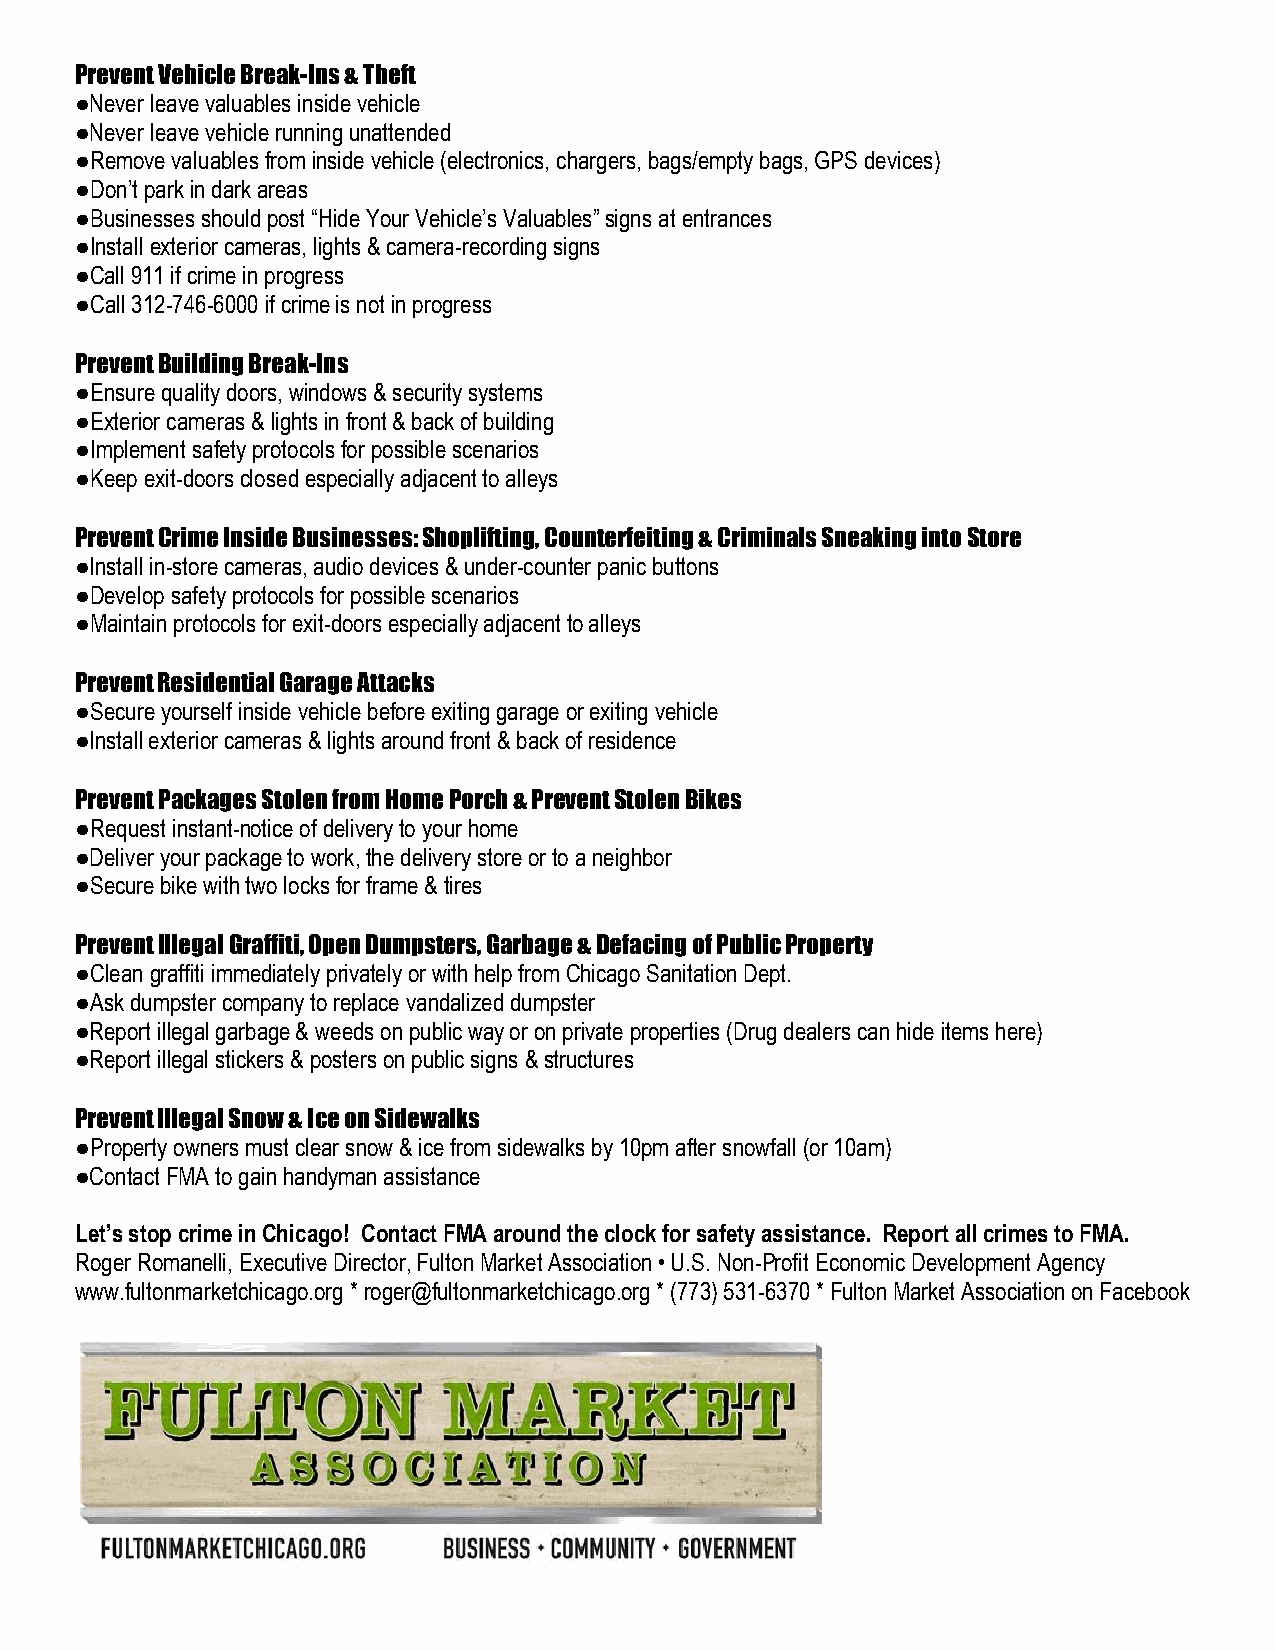
Prevent Vehicle Break-Ins & Theft
 ●Never leave valuables inside vehicle
 ●Never leave vehicle running unattended
 ●Remove valuables from inside vehicle (electronics, chargers, bags/empty bags, GPS devices)
 ●Don’t park in dark areas
 ●Businesses should post “Hide Your Vehicle’s Valuables” signs at entrances
 ●Install exterior cameras, lights & camera-recording signs
 ●Call 911 if crime in progress
 ●Call 312-746-6000 if crime is not in progress
 Prevent Building Break-Ins
 ●Ensure quality doors, windows & security systems
 ●Exterior cameras & lights in front & back of building
 ●Implement safety protocols for possible scenarios
 ●Keep exit-doors closed especially adjacent to alleys
 Prevent Crime Inside Businesses: Shoplifting, Counterfeiting & Criminals Sneaking into Store
 ●Install in-store cameras, audio devices & under-counter panic buttons
 ●Develop safety protocols for possible scenarios
 ●Maintain protocols for exit-doors especially adjacent to alleys
 Prevent Residential Garage Attacks
 ●Secure yourself inside vehicle before exiting garage or exiting vehicle
 ●Install exterior cameras & lights around front & back of residence
 Prevent Packages Stolen from Home Porch & Prevent Stolen Bikes
 ●Request instant-notice of delivery to your home
 ●Deliver your package to work, the delivery store or to a neighbor
 ●Secure bike with two locks for frame & tires
 Prevent Illegal Graffiti, Open Dumpsters, Garbage & Defacing of Public Property
 ●Clean graffiti immediately privately or with help from Chicago Sanitation Dept.
 ●Ask dumpster company to replace vandalized dumpster
 ●Report illegal garbage & weeds on public way or on private properties (Drug dealers can hide items here)
 ●Report illegal stickers & posters on public signs & structures
 Prevent Illegal Snow & Ice on Sidewalks
 ●Property owners must clear snow & ice from sidewalks by 10pm after snowfall (or 10am)
 ●Contact FMA to gain handyman assistance
 Let’s stop crime in Chicago! Contact FMA around the clock for safety assistance. Report all crimes to FMA.
 Roger Romanelli, Executive Director, Fulton Market Association • U.S. Non-Profit Economic Development Agency
 www.fultonmarketchicago.org * roger@fultonmarketchicago.org * (773) 531-6370 * Fulton Market Association on Facebook